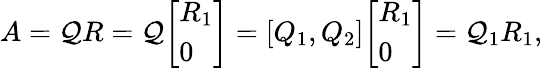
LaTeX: A=\mathcal{Q}R=\mathcal{Q}{\left[\begin{array}{l}{R_{1}}\\ {0}\end{array}\right]}={\left[\begin{array}{l}{Q_{1},Q_{2}}\end{array}\right]}{\left[\begin{array}{l}{R_{1}}\\ {0}\end{array}\right]}=\mathcal{Q}_{1}R_{1},